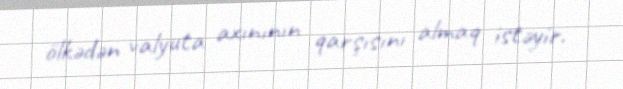
ölkədən valyuta axınının qarşısını almaq istəyir.